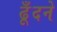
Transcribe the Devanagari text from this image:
ढूँदने